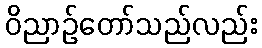
ဝိညာဉ်တော်သည်လည်း